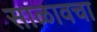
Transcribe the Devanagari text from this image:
साळावचा